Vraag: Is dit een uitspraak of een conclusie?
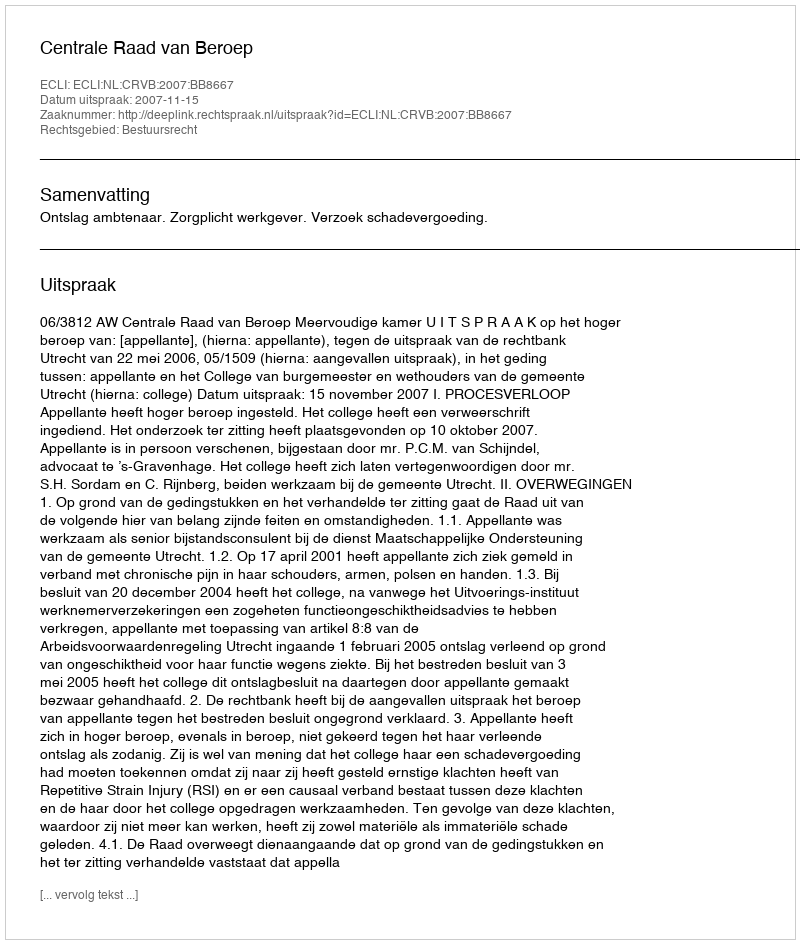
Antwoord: Uitspraak